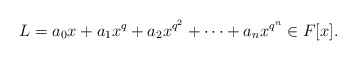
\begin{align*}L=a_0x+a_1x^q+a_2x^{q^2}+\cdots+a_n x^{q^n} \in F[x].\end{align*}